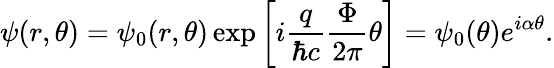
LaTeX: \psi(r,\theta)=\psi_{0}(r,\theta)\exp\left[i{\frac{q}{\hbar c}}{\frac{\Phi}{2\pi}}\theta\right]=\psi_{0}(\theta)e^{i\alpha\theta}.